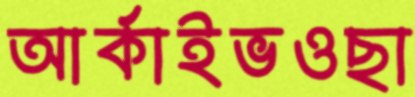
আর্কাইভওছা